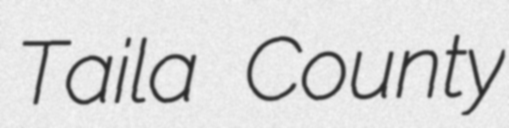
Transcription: Taila County